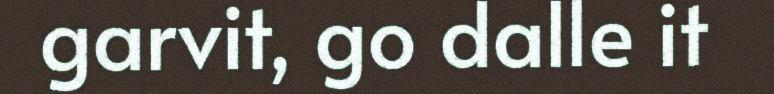
garvit, go dalle it